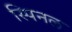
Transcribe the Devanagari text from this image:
स्पिनल